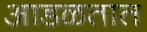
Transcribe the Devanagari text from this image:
अाडळतात